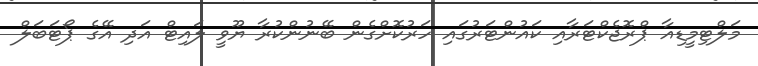
މަލްޓިމީޑިއާ ޕްރޮޖެކްޓަރާއި ކައުންޓަރުގައި ހަރުކޮށްގެން ބޭނުންކުރާ ޔޫވީ ލައިޓް އަދި އޭގެ ޕޯޓަބަލް